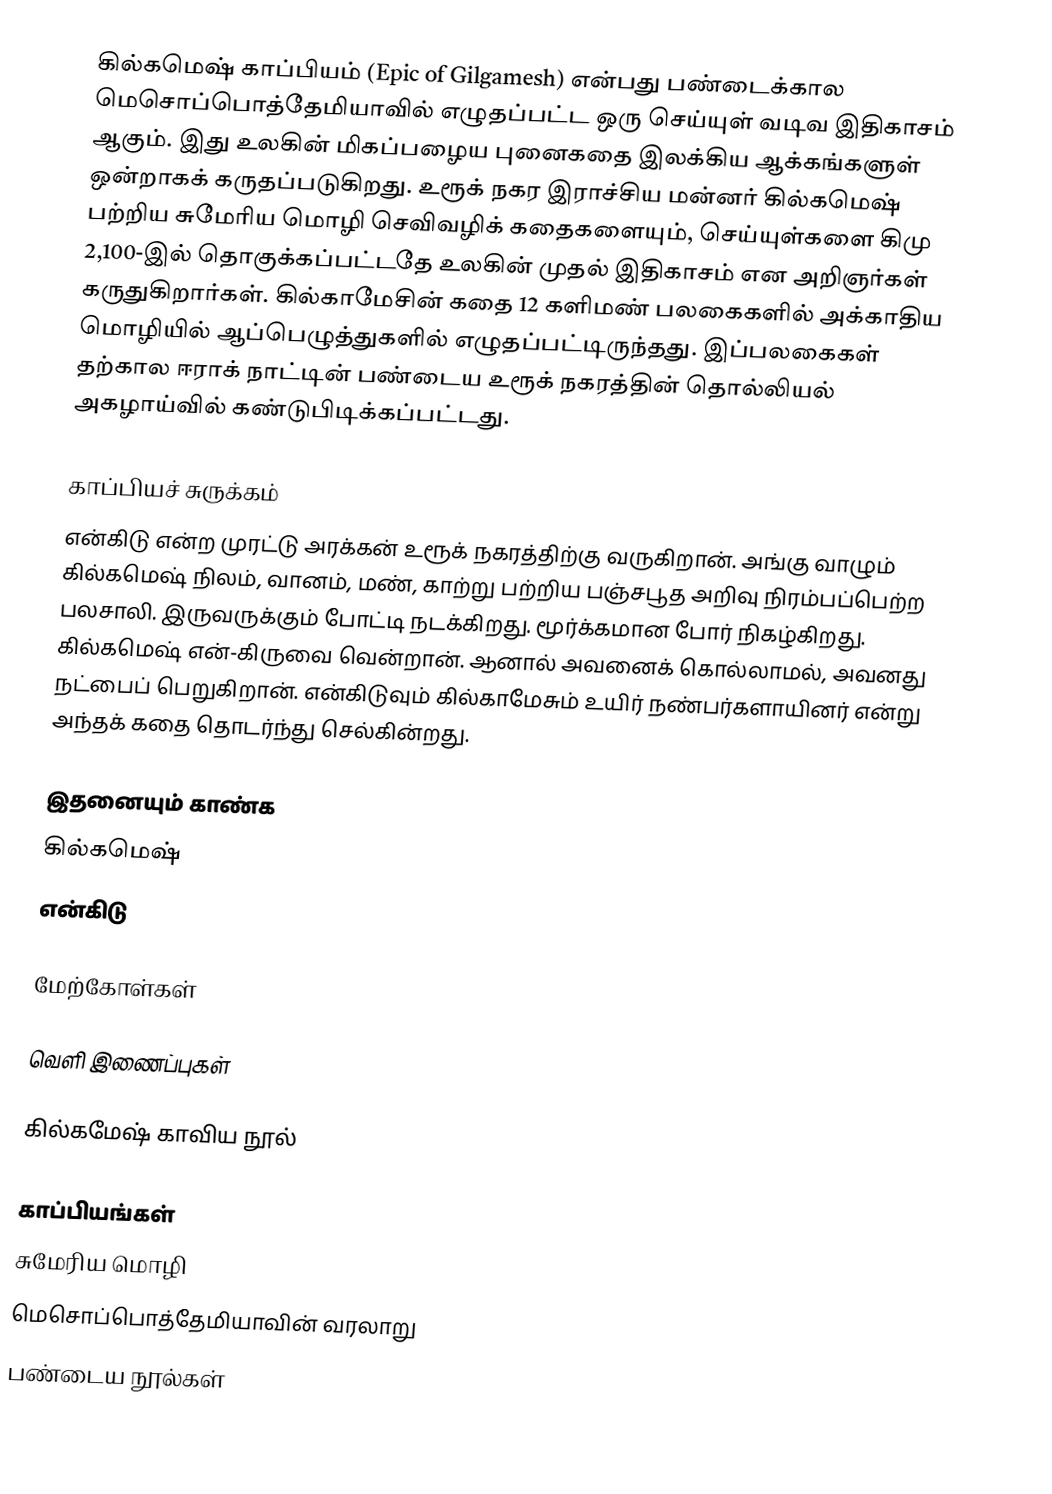
கில்கமெஷ் காப்பியம் (Epic of Gilgamesh) என்பது பண்டைக்கால மெசொப்பொத்தேமியாவில் எழுதப்பட்ட ஒரு செய்யுள் வடிவ இதிகாசம் ஆகும். இது உலகின் மிகப்பழைய புனைகதை இலக்கிய ஆக்கங்களுள் ஒன்றாகக் கருதப்படுகிறது. உரூக் நகர இராச்சிய மன்னர் கில்கமெஷ் பற்றிய சுமேரிய மொழி செவிவழிக் கதைகளையும், செய்யுள்களை  கிமு 2,100-இல் தொகுக்கப்பட்டதே உலகின் முதல்  இதிகாசம் என அறிஞர்கள் கருதுகிறார்கள். கில்காமேசின் கதை 12 களிமண் பலகைகளில்  அக்காதிய மொழியில் ஆப்பெழுத்துகளில் எழுதப்பட்டிருந்தது. இப்பலகைகள் தற்கால ஈராக் நாட்டின் பண்டைய உரூக் நகரத்தின் தொல்லியல் அகழாய்வில் கண்டுபிடிக்கப்பட்டது.

காப்பியச் சுருக்கம்
என்கிடு என்ற முரட்டு அரக்கன் உரூக் நகரத்திற்கு வருகிறான். அங்கு வாழும் கில்கமெஷ் நிலம், வானம், மண், காற்று பற்றிய பஞ்சபூத அறிவு நிரம்பப்பெற்ற பலசாலி. இருவருக்கும் போட்டி நடக்கிறது. மூர்க்கமான போர் நிகழ்கிறது. கில்கமெஷ் என்-கிருவை வென்றான். ஆனால் அவனைக் கொல்லாமல், அவனது நட்பைப் பெறுகிறான். என்கிடுவும் கில்காமேசும் உயிர் நண்பர்களாயினர் என்று அந்தக் கதை தொடர்ந்து செல்கின்றது.

இதனையும் காண்க
 கில்கமெஷ்
 என்கிடு

மேற்கோள்கள்

வெளி இணைப்புகள்

 கில்கமேஷ் காவிய நூல்

காப்பியங்கள்
சுமேரிய மொழி
மெசொப்பொத்தேமியாவின் வரலாறு
பண்டைய நூல்கள்